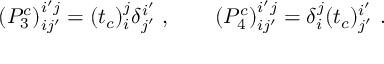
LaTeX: ( P _ { 3 } ^ { c } ) _ { i j ^ { \prime } } ^ { i ^ { \prime } j } = ( t _ { c } ) _ { i } ^ { j } \delta _ { j ^ { \prime } } ^ { i ^ { \prime } } ~ , \qquad ( P _ { 4 } ^ { c } ) _ { i j ^ { \prime } } ^ { i ^ { \prime } j } = \delta _ { i } ^ { j } ( t _ { c } ) _ { j ^ { \prime } } ^ { i ^ { \prime } } ~ .